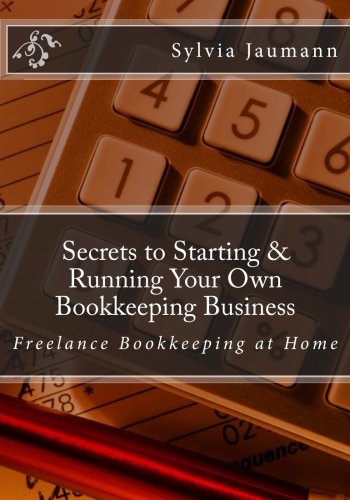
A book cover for Secrets to Starting & Running Your Own Bookkeeping Business: Freelance Bookkeeping at Home; Sylvia Jaumann; Business & Money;